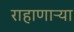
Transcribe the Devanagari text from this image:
राहाणाऱ्या